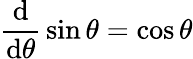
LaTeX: {\frac{\operatorname{d}}{\operatorname{d}\! \theta}}\sin\theta=\cos\theta